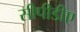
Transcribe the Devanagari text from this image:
सीपीडीए